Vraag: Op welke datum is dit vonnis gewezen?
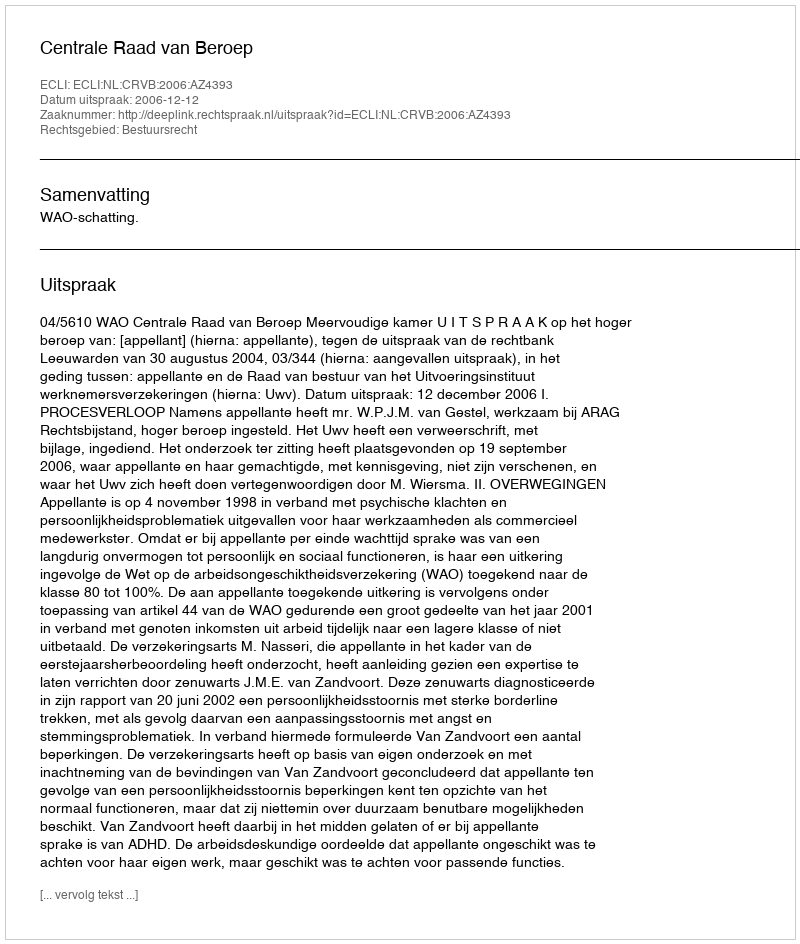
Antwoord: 2006-12-12